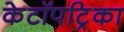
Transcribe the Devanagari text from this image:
केटॉपट्रिका